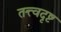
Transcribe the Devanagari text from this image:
तत्त्वदृष्ट